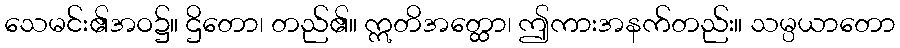
သေမင်း၏အဝ၌။ ဌိတော၊ တည်၏။ ဣတိအတ္ထော၊ ဤကားအနက်တည်း။ သမ္ပယာတော